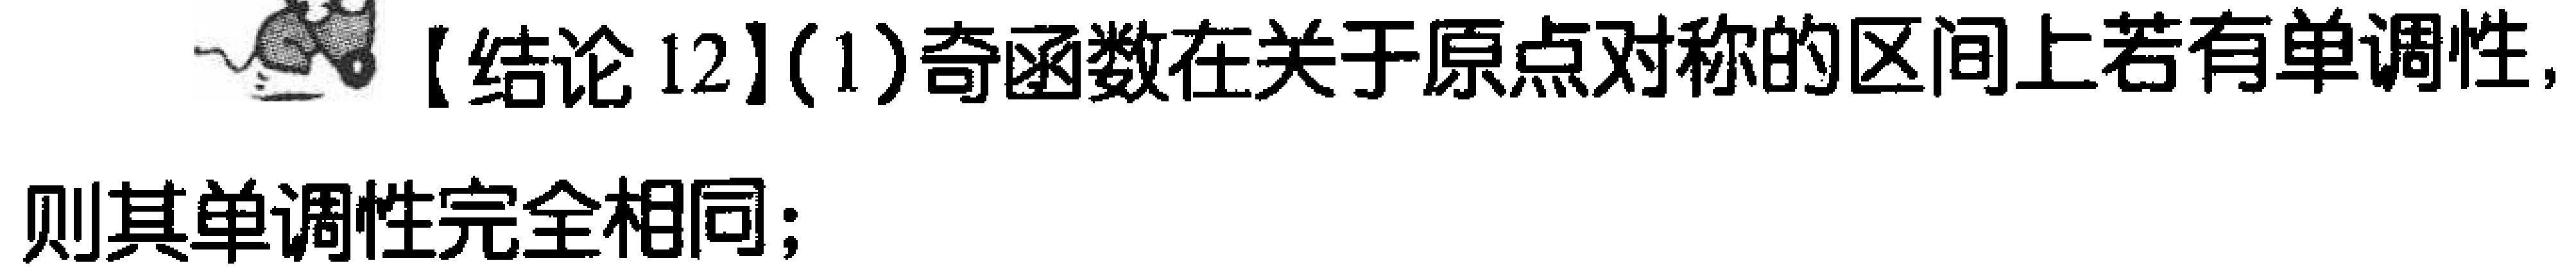
【结论12】(1)奇函数在关于原点对称的区间上若有单调性，则其单调性完全相同；